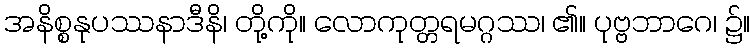
အနိစ္စနုပဿနာဒီနိ၊ တို့ကို။ လောကုတ္တရမဂ္ဂဿ၊ ၏။ ပုဗ္ဗဘာဂေ၊ ၌။